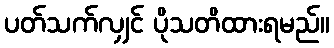
ပတ်သက်လျှင် ပိုသတိထားရမည်။